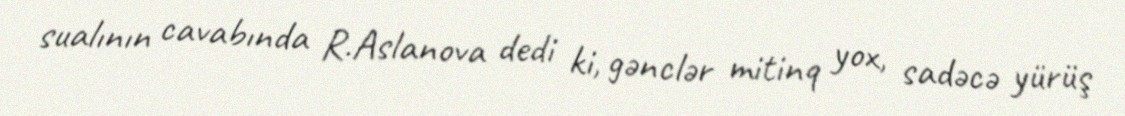
sualının cavabında R.Aslanova dedi ki, gənclər mitinq yox, sadəcə yürüş